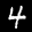
Label: 4